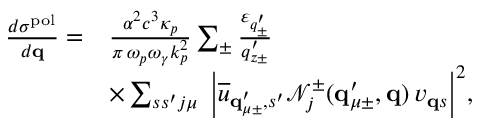
\begin{array} { r l } { \frac { d \sigma ^ { \mathrm { p o l } } } { d { \bf q } } = } & { \frac { \alpha ^ { 2 } c ^ { 3 } \kappa _ { p } } { \pi \, \omega _ { p } \omega _ { \gamma } k _ { p } ^ { 2 } } \sum _ { \pm } \frac { \varepsilon _ { q _ { \pm } ^ { \prime } } } { q _ { z \pm } ^ { \prime } } } \\ & { \times \sum _ { s s ^ { \prime } j \mu } \; \Big | \overline { { u } } _ { { \bf q } _ { \mu \pm } ^ { \prime } , s ^ { \prime } } \mathcal { N } _ { j } ^ { \pm } ( { \bf q } _ { \mu \pm } ^ { \prime } , { \bf q } ) \, v _ { { \bf q } s } \Big | ^ { 2 } , } \end{array}